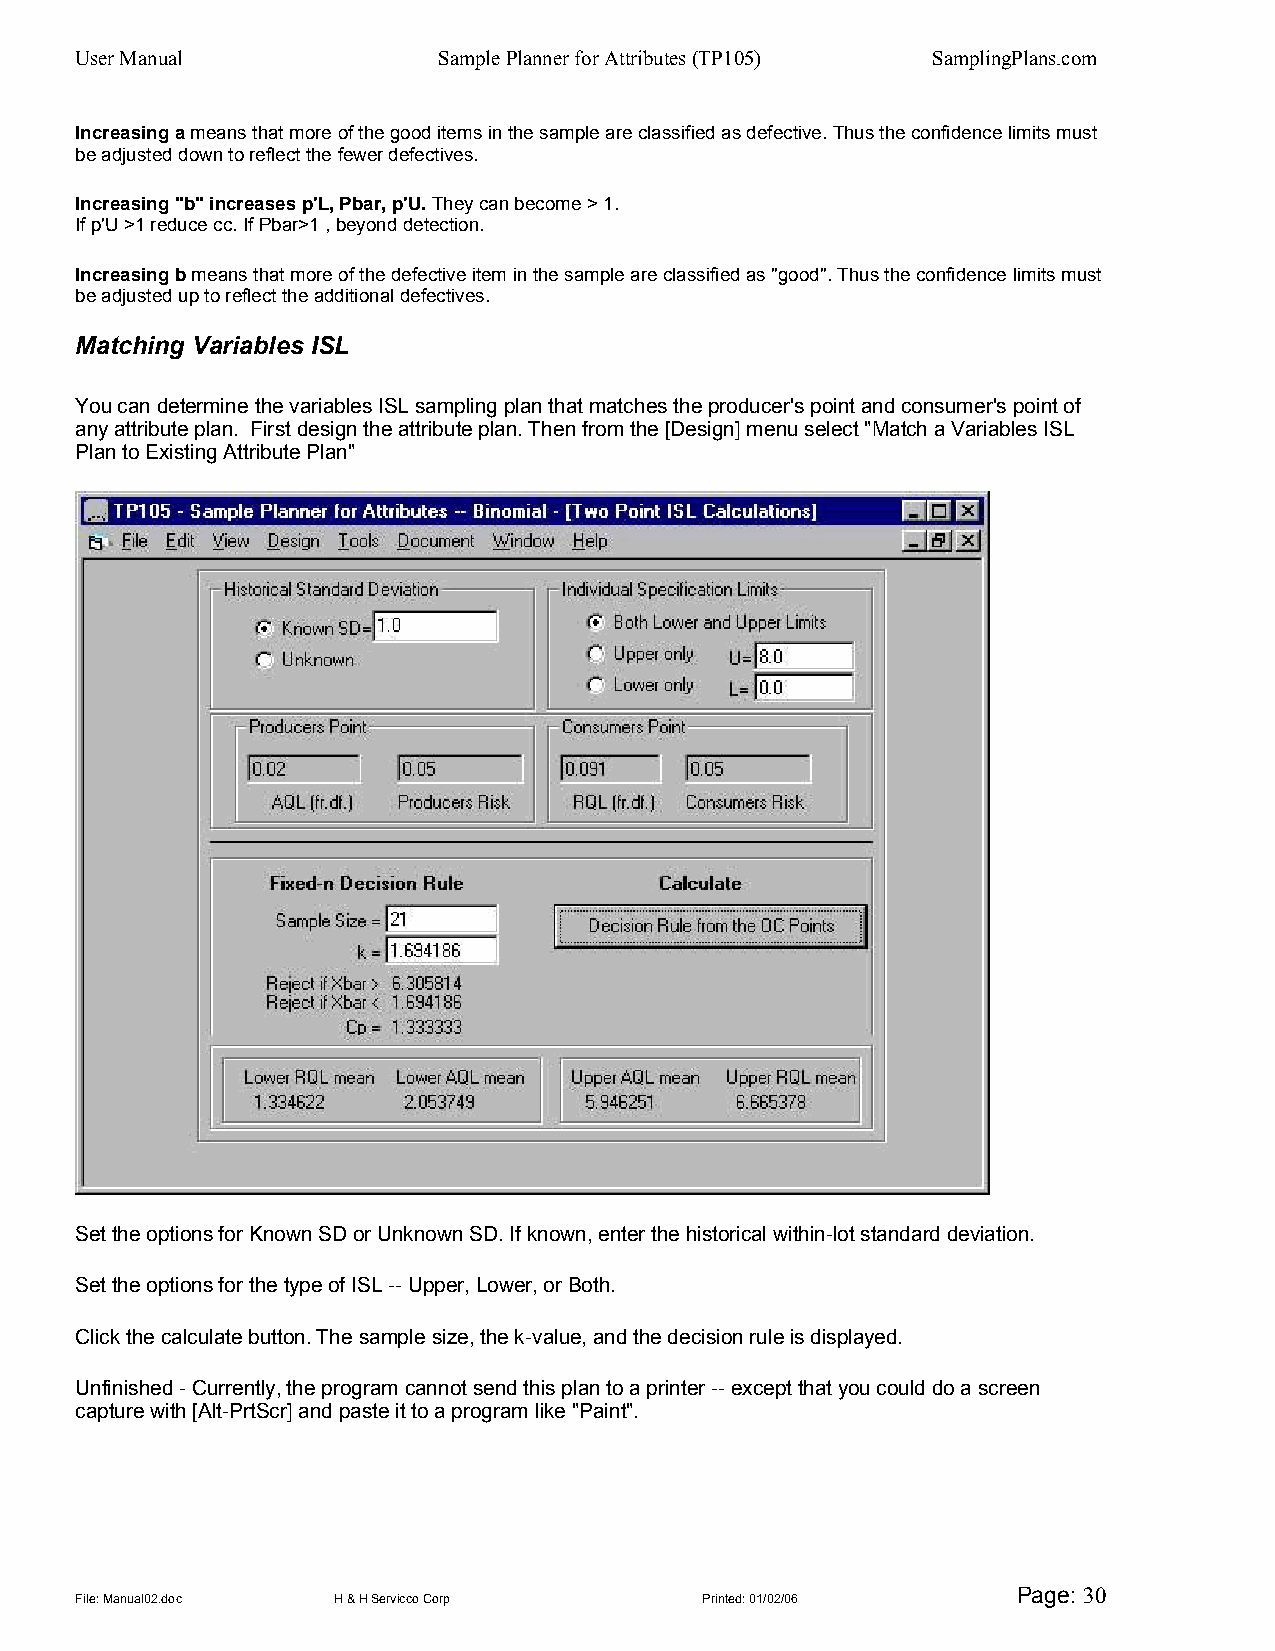
User Manual             Sample Planner for Attributes (TP105) SamplingPlans.com
 Increasing a means that more of the good items in the sample are classified as defective. Thus the confidence limits must
 be adjusted down to reflect the fewer defectives.
 Increasing "b" increases p'L, Pbar, p'U. They can become > 1.
 If p'U >1 reduce cc. If Pbar>1 , beyond detection.
 Increasing b means that more of the defective item in the sample are classified as "good". Thus the confidence limits must
 be adjusted up to reflect the additional defectives.
 Matching Variables ISL
 You can determine the variables ISL sampling plan that matches the producer's point and consumer's point of
 any attribute plan. First design the attribute plan. Then from the [Design] menu select "Match a Variables ISL
 Plan to Existing Attribute Plan"
 Set the options for Known SD or Unknown SD. If known, enter the historical within-lot standard deviation.
 Set the options for the type of ISL -- Upper, Lower, or Both.
 Click the calculate button. The sample size, the k-value, and the decision rule is displayed.
 Unfinished - Currently, the program cannot send this plan to a printer -- except that you could do a screen
 capture with [Alt-PrtScr] and paste it to a program like "Paint".
 Page: 30
 File: Manual02.doc H & H Servicco Corp   Printed: 01/02/06